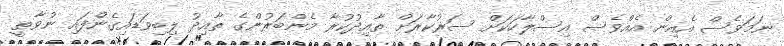
ނަމަވެސް އެއިން އެއްވެސް އިސްލާހަކަށް ސަރުކާރަށް ތާއިދުކުރާ މެންބަރުންގެ ތާއިދު ލިބިވަޑައިގެންފައި ނުވާތީ